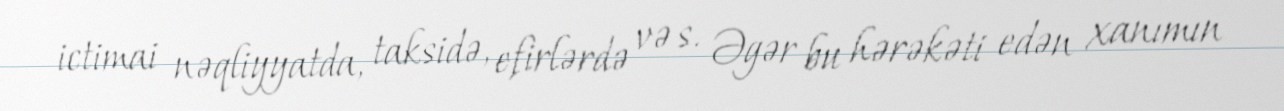
ictimai nəqliyyatda, taksidə, efirlərdə və s. Əgər bu hərəkəti edən xanımın